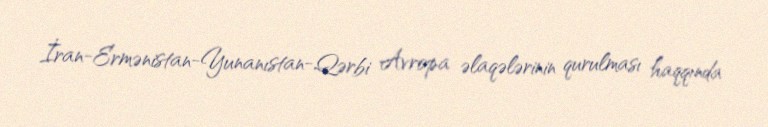
İran-Ermənistan-Yunanıstan-Qərbi Avropa əlaqələrinin qurulması haqqında